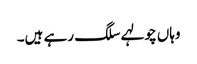
وہاں چولہے سلگ رہے ہیں۔